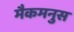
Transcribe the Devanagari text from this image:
मैकमनुस